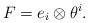
LaTeX: \begin{align*}F=e_i\otimes\theta^i.\end{align*}